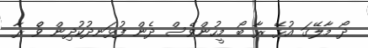
ދޯ މާލޭގަ އުޅޭ ރާ ބޯ މީހުންވެސް ދެން ފުޅަނދުކުދިން ވެް ރާ